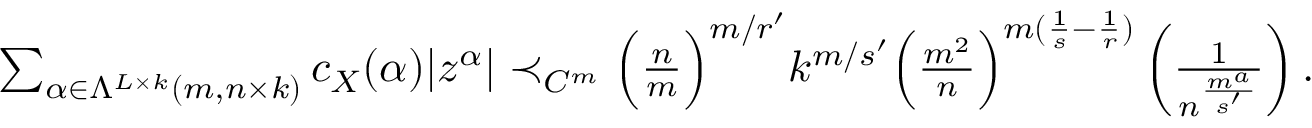
\begin{array} { r } { \sum _ { \alpha \in \Lambda ^ { L \times k } ( m , n \times k ) } c _ { X } ( \alpha ) | z ^ { \alpha } | \prec _ { C ^ { m } } \Big ( \frac { n } { m } \Big ) ^ { m / r ^ { \prime } } k ^ { m / s ^ { \prime } } \Big ( \frac { m ^ { 2 } } { n } \Big ) ^ { m ( \frac 1 { s } - \frac { 1 } { r } ) } \left( \frac { 1 } { n ^ { \frac { m ^ { a } } { s ^ { \prime } } } } \right) . } \end{array}